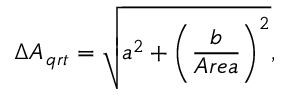
\Delta { { A _ { \, q r t } } } = \sqrt { a ^ { 2 } + \left( \frac { b } { A r e a } \right) ^ { 2 } } ,